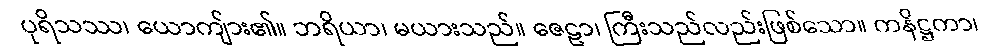
ပုရိသဿ၊ ယောကျ်ား၏။ ဘရိယာ၊ မယားသည်။ ဇေဠာ၊ ကြီးသည်လည်းဖြစ်သော။ ကနိဋ္ဌကာ၊